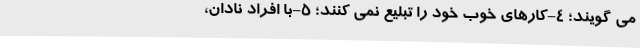
می­ گویند؛ 4-کارهای خوبِ خود را تبلیع نمی کنند؛ 5-با افراد نادان،